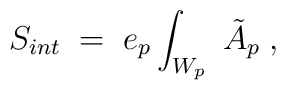
S_{int} \;=\; e_{p}\int_{W_{p}}\; \tilde{A}_{p} \; ,